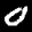
Label: 0